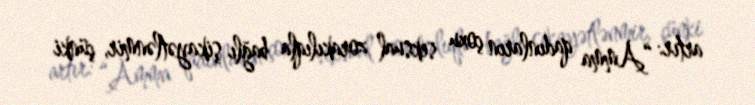
artır: “Amma qadınların çoxu seksual zorakılıqla bağlı şikayətlənmir, çünki